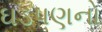
ઘડપણનો